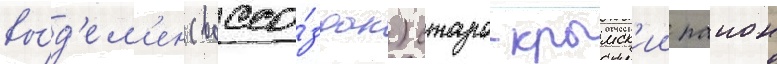
вы́д'ел'ен (воссо́здан) старо-крымск'ии раион